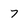
Character: 7